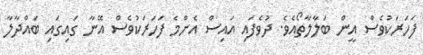
ފަހަރަކުވެސް އީން ބަލާލާތޯއެވެ. ދުވެފައި އައިސް އެންމެ ފަހަރަކުވެސް އޭނާ ގައިގައި ބައްދާލާ